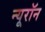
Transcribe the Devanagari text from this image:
न्‍यूरॉन